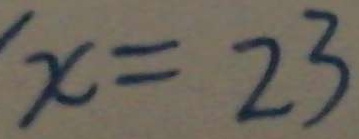
x = 2 3